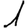
Digit: 1